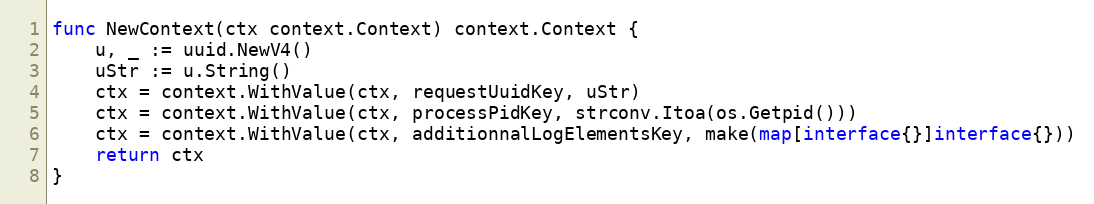
Language: Go
func NewContext(ctx context.Context) context.Context {
	u, _ := uuid.NewV4()
	uStr := u.String()
	ctx = context.WithValue(ctx, requestUuidKey, uStr)
	ctx = context.WithValue(ctx, processPidKey, strconv.Itoa(os.Getpid()))
	ctx = context.WithValue(ctx, additionnalLogElementsKey, make(map[interface{}]interface{}))
	return ctx
}